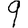
Digit: 9